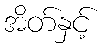
အိတ်နှင့်